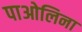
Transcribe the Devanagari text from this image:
पाओलिना